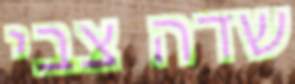
שדה צבי